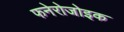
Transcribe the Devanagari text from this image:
फनेरोजोइक